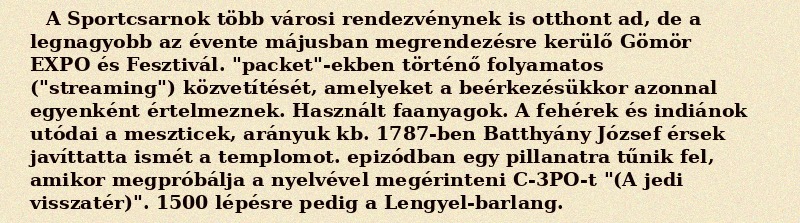
A Sportcsarnok több városi rendezvénynek is otthont ad, de a legnagyobb az évente májusban megrendezésre kerülő Gömör EXPO és Fesztivál. "packet"-ekben történő folyamatos ("streaming") közvetítését, amelyeket a beérkezésükkor azonnal egyenként értelmeznek. Használt faanyagok. A fehérek és indiánok utódai a meszticek, arányuk kb. 1787-ben Batthyány József érsek javíttatta ismét a templomot. epizódban egy pillanatra tűnik fel, amikor megpróbálja a nyelvével megérinteni C-3PO-t "(A jedi visszatér)". 1500 lépésre pedig a Lengyel-barlang.